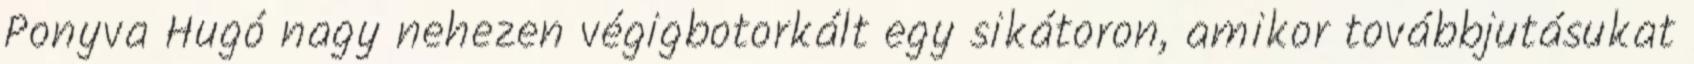
Ponyva Hugó nagy nehezen végigbotorkált egy sikátoron, amikor továbbjutásukat